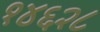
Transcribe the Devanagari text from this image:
१४६२८